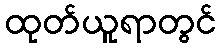
ထုတ်ယူရာတွင်